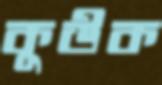
কুউক